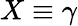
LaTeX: X\equiv\gamma